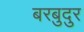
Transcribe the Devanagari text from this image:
बरबुदुर